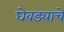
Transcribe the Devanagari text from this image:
घेवड्याचे